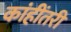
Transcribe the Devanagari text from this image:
कांहींतरी